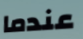
عندما